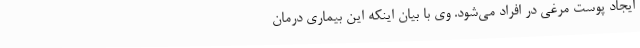
ایجاد پوست مرغی در افراد می‌شود. وی با بیان اینکه این بیماری درمان